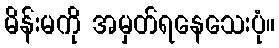
မိန်းမကို အမှတ်ရနေသေးပုံ။